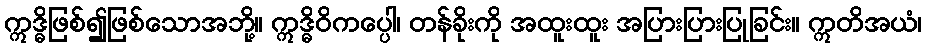
ဣဒ္ဓိဖြစ်၍ဖြစ်သောအဘို့။ ဣဒ္ဓိဝိကပ္ပေါ၊ တန်ခိုးကို အထူးထူး အပြားပြားပြုခြင်း။ ဣတိအယံ၊